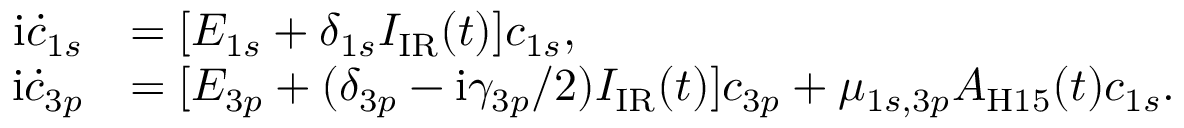
\begin{array} { r l } { \mathrm i \dot { c } _ { 1 s } } & { = [ E _ { 1 s } + \delta _ { 1 s } I _ { \mathrm { I R } } ( t ) ] c _ { 1 s } , } \\ { \mathrm i \dot { c } _ { 3 p } } & { = [ E _ { 3 p } + ( \delta _ { 3 p } - \mathrm i \gamma _ { 3 p } / 2 ) I _ { \mathrm { I R } } ( t ) ] c _ { 3 p } + \mu _ { 1 s , 3 p } A _ { \mathrm { H 1 5 } } ( t ) c _ { 1 s } . } \end{array}